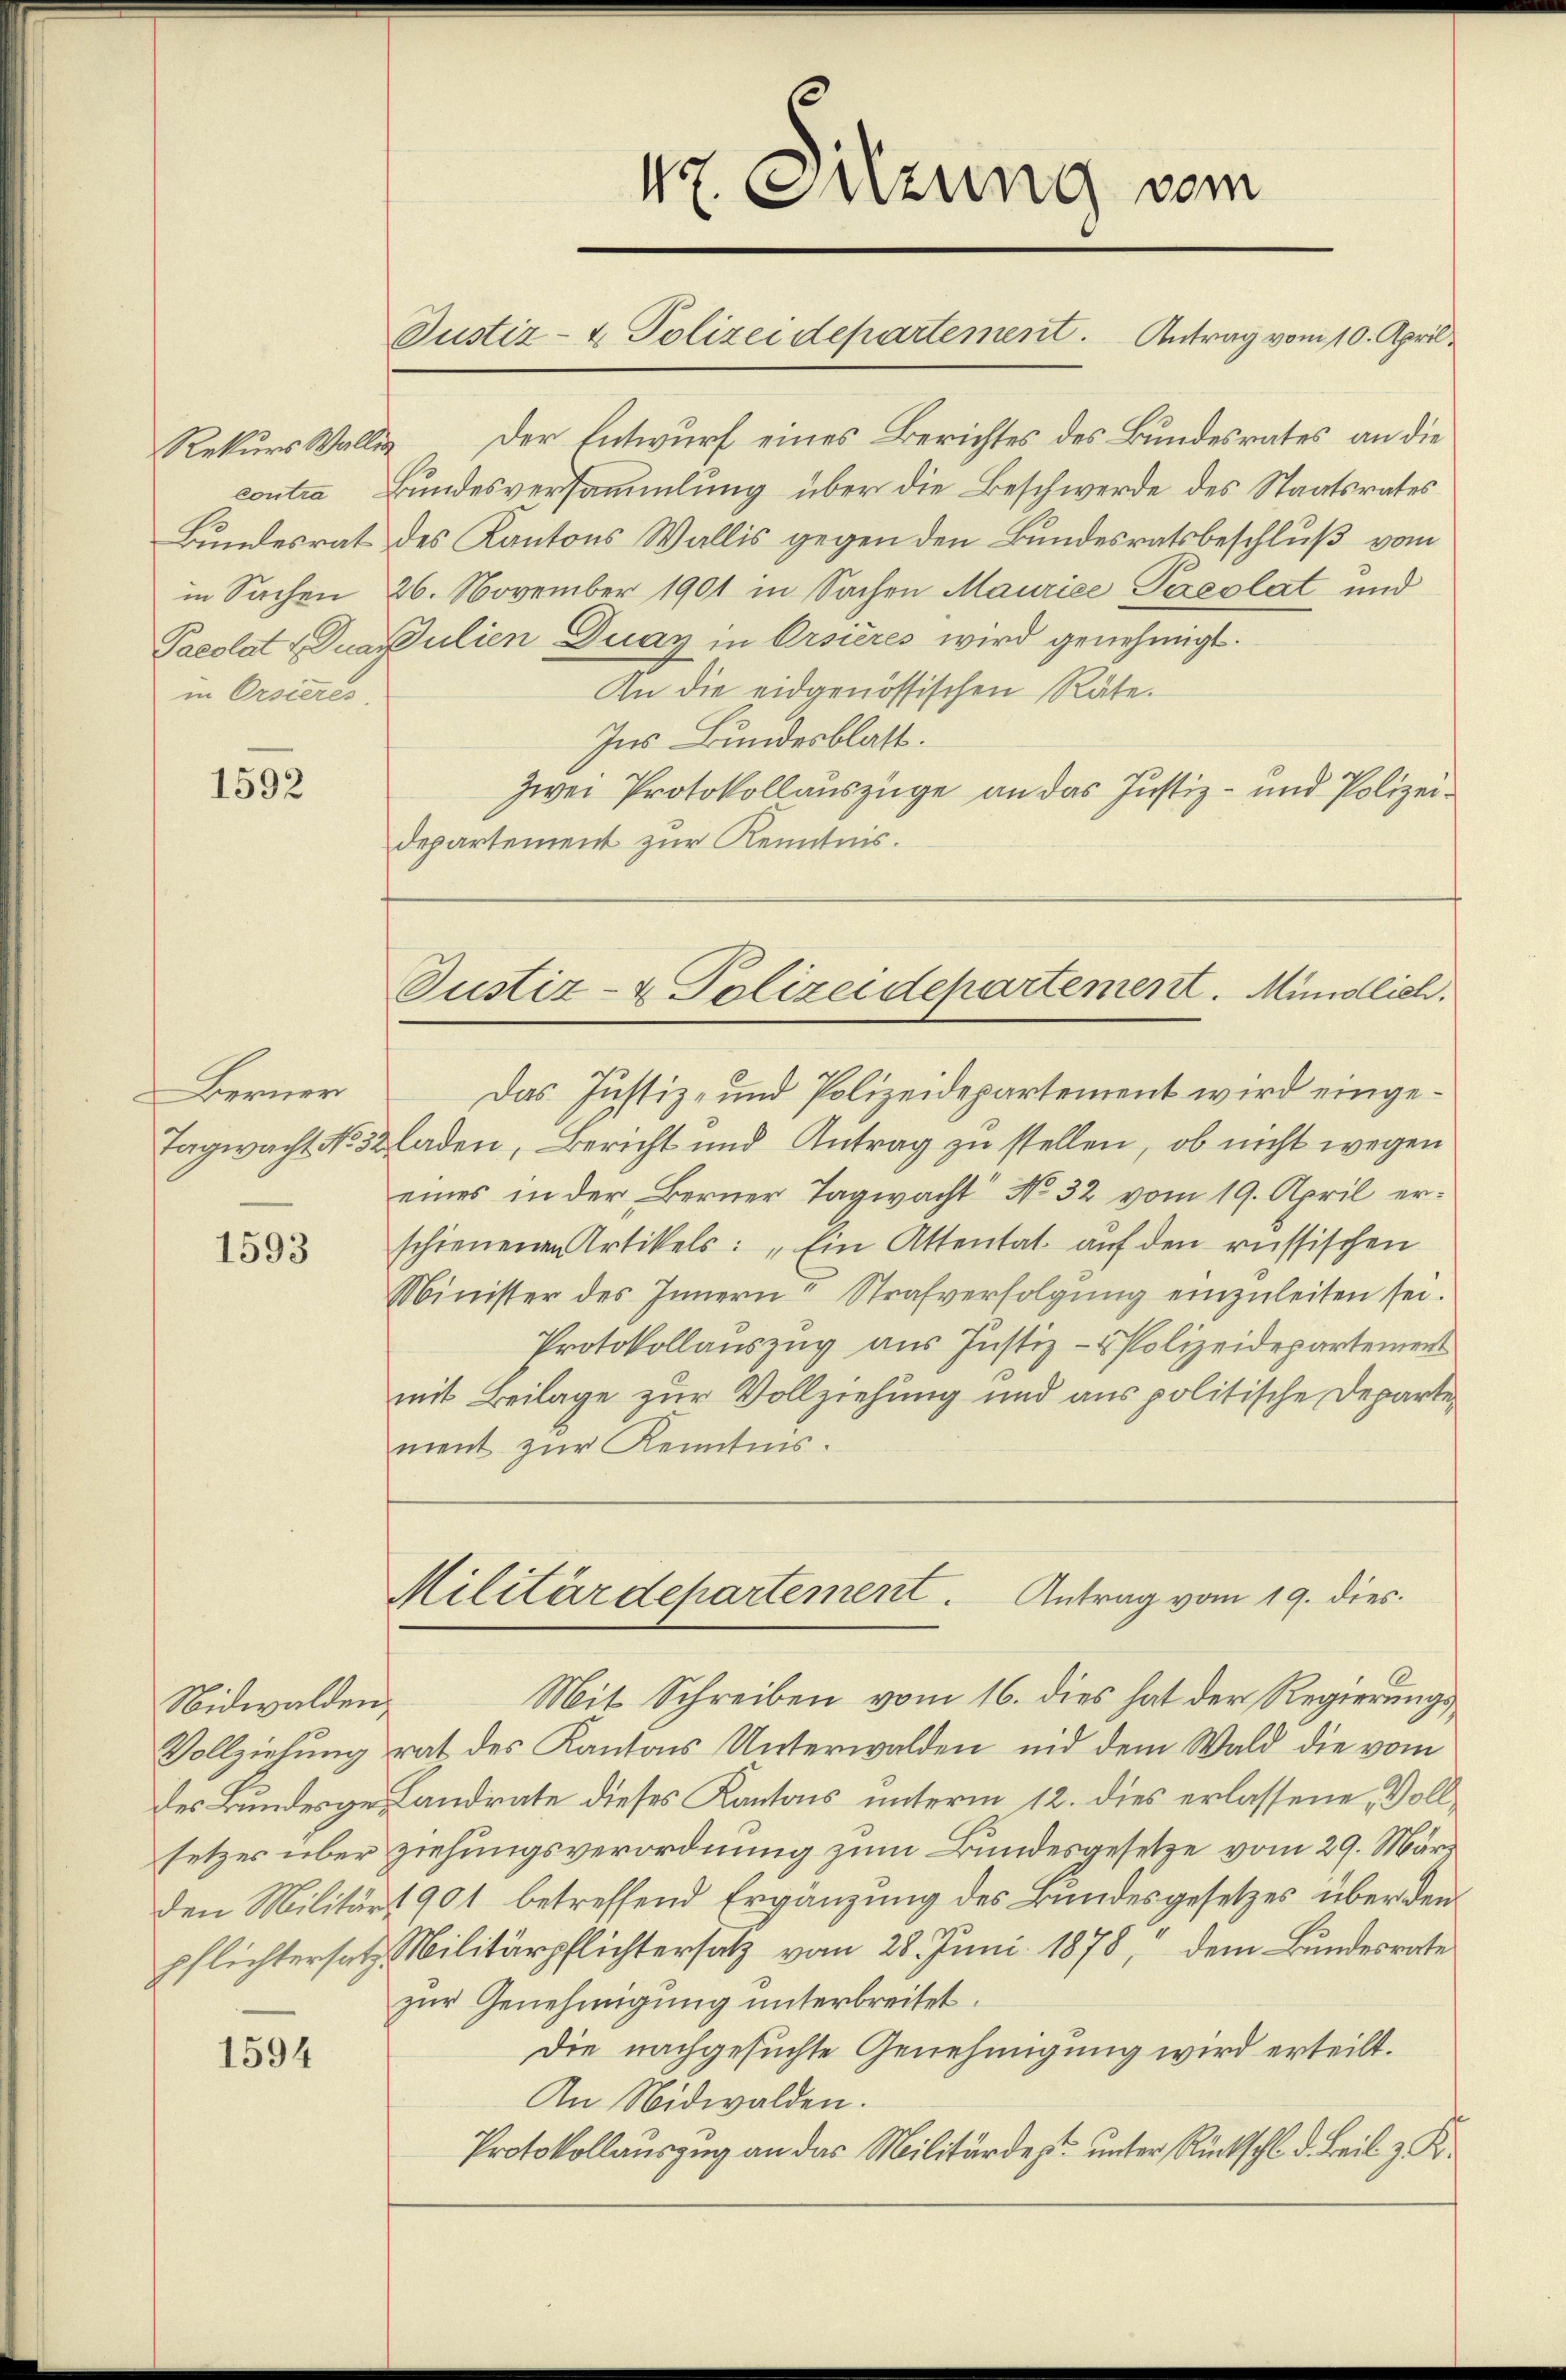
Pacolat u. Quart
in Orsieres.

1592

Berner

1593

Nidwalden,
setzes über
den Militär-
Pflichtersatz

1594

47. Sitzung vom
Justiz- & Polizeidepartement. Antrag vom 10. April.

Rekurs Wallis der Entwurf eines Berichtes des Bundesrates an die
contra Bundesversammlung über die Beschwerde des Staatsrates
Bundesrat des Kantons Wallis gegen den Bundesratsbeschluß vom
in Sachen 26. November 1901 in Sachen Maurice Preslat und
Julien Duay in Orsières wird genehmigt.
An die eidgenössischen Räte.
Ins Bundesblatt.
Zwei Protokollauszüge an das Justiz- und Polizeidepartement zur Kenntnis.

Das Justiz- und Polizeidepartement wird einge¬
Tagwacht No 32 laden, Bericht und Antrag zu stellen, ob nicht wegen
eines in der Berner Tagwacht No 32 vom 19. April erschienenen Artikels: „Ein Attentat auf den russischen
Minister des Innern Strafverfolgŭng einzuleiten sei.
Protokollauszug aus Justiz- & Polizeidepartement
mit Beilage zur Vollziehung und aus politische Departement zur Kenntnis.

Justiz- & Polizeidepartement. Mündlich.

Militärdepartement. Antrag vom 19. dies

Mit Schreiben vom 16. dies hat der Regierungs¬
Vollziehungsrat des Kantons Unterwalden nid dem Wald die vom
des Bunderge Landrate dieses Kantons unterm 12. dies erlassene Vollziehungsverordnung zum Bundesgesetze vom 29. März
1901 betreffend Ergänzung des Bundesgesetzes überden
Militärpflichtersatz vom 28. Juni 1878, dem Bundesrate
zur Genehmigung unterbreitet.
Die nachgesuchte Genehmigung wird erteilt.
An Nidwalden.
Protokollauszug an das Militärdept unter Rückschl. d. Beil. z. K.